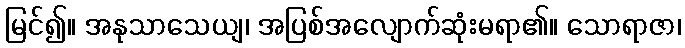
မြင်၍။ အနုသာသေယျ၊ အပြစ်အလျောက်ဆုံးမရာ၏။ သောရာဇာ၊